Vaccination Hyderabad 1890-1903 - 1890-1903
Year: 1890
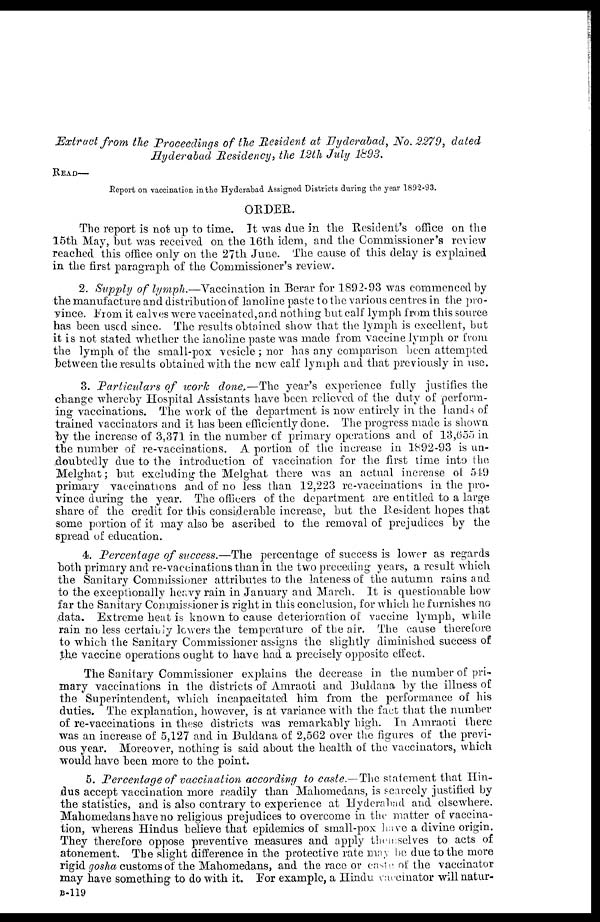
Extract from the Proceedings of the Resident at Hyderabad, No. 2279, dated
Hyderabad Residency, the 12th July 1893.
READ—
Report on vaccination in the Hyderabad Assigned Districts during the year 1892-93.
ORDER.
The report is not up to time. It was due in the Resident's office on the
15th May, but was received on the 16th idem, and the Commissioner's review
reached this office only on the 27th June. The cause of this delay is explained
in the first paragraph of the Commissioner's review.
2. Supply of lymph.—Vaccination in Berar for 1892-93 was commenced by
the manufacture and distribution of lanoline paste to the various centres in the pro-
vince. From it calves were vaccinated, and nothing but calf lymph from this source
has been used since. The results obtained show that the lymph is excellent, but
it is not stated whether the lanoline paste was made from vaccine lymph or from
the lymph of the small-pox vesicle; nor has any comparison been attempted
between the results obtained with the new calf lymph and that previously in use.
3. Particulars of work done.—The year's experience fully justifies the
change whereby Hospital Assistants have been relieved of the duty of perform-
ing vaccinations. The work of the department is now entirely in the hands of
trained vaccinators and it has been efficiently done. The progress made is shown
by the increase of 3,371 in the number of primary operations and of 13,655 in
the number of re-vaccinations. A portion of the increase in 1892-93 is un-
doubtedly due to the introduction of vaccination for the first time into the
Melghat; but excluding the Melghat there was an actual increase of 549
primary vaccinations and of no less than 12,223 re-vaccinations in the pro-
vince during the year. The officers of the department are entitled to a large
share of the credit for this considerable increase, but the Resident hopes that
some portion of it may also be ascribed to the removal of prejudices by the
spread of education.
4. Percentage of success.—The percentage of success is lower as regards
both primary and re-vaccinations than in the two preceding years, a result which
the Sanitary Commissioner attributes to the lateness of the autumn rains and
to the exceptionally heavy rain in January and March. It is questionable how
far the Sanitary Commissioner is right in this conclusion, for which he furnishes no
data. Extreme heat is known to cause deterioration of vaccine lymph, while
rain no less certainly lowers the temperature of the air. The cause therefore
to which the Sanitary Commissioner assigns the slightly diminished success of
the vaccine operations ought to have had a precisely opposite effect.
The Sanitary Commissioner explains the decrease in the number of pri-
mary vaccinations in the districts of Amraoti and Buldana by the illness of
the Superintendent, which incapacitated him from the performance of his
duties. The explanation, however, is at variance with the fact that the number
of re-vaccinations in these districts was remarkably high. In Amraoti there
was an increase of 5,127 and in Buldana of 2,562 over the figures of the previ-
ous year. Moreover, nothing is said about the health of the vaccinators, which
would have been more to the point.
5. Percentage of vaccination according to caste.—The statement that Hin-
dus accept vaccination more readily than Mahomedans, is scarcely justified by
the statistics, and is also contrary to experience at Hyderabad and elsewhere.
Mahomedans have no religious prejudices to overcome in the matter of vaccina-
tion, whereas Hindus believe that epidemics of small-pox have a divine origin.
They therefore oppose preventive measures and apply themselves to acts of
atonement. The slight difference in the protective rate may be due to the more
rigid gosha customs of the Mahomedans, and the race or caste of the vaccinator
may have something to do with it. For example, a Hindu vaccinator will natur¬
B-119